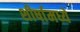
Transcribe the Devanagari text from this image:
शीर्षामध्ये